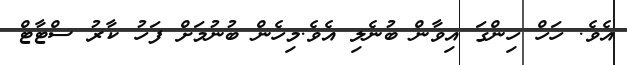
އެވެ. ހަހް ހިންގަ އިވާން ބުނެލި އެވެ.މިހެން ބުނުމަށް ފަހު ކާރު ސްޓާޓް